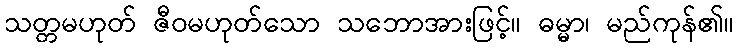
သတ္တမဟုတ် ဇီဝမဟုတ်သော သဘောအားဖြင့်။ ဓမ္မာ၊ မည်ကုန်၏။